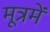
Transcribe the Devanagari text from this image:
मूत्रमें